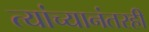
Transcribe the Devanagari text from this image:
त्यांच्यानंतरही